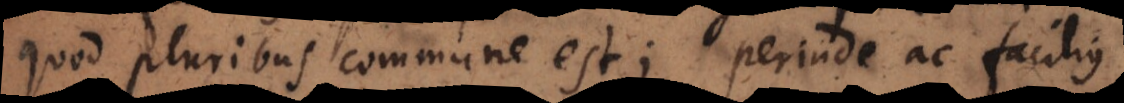
quod pluribus commune est; perinde ac facilius